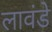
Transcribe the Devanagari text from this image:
लावंडे